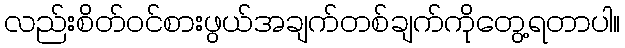
လည်းစိတ်ဝင်စားဖွယ်အချက်တစ်ချက်ကိုတွေ့ရတာပါ။